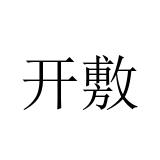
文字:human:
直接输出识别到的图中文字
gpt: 开敷